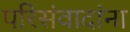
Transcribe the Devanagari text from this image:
परिसंवादांना